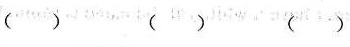
( ) ( ) ( )